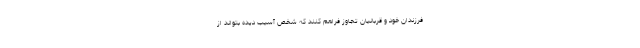
فرزندان خود و قربانیان تجاوز فراهم کنند که شخص آسیب دیده بتواند از